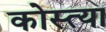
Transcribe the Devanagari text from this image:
कोस्त्या